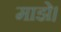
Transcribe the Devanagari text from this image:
माझे।